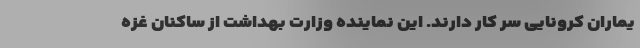
یماران کرونایی سر کار دارند. این نماینده وزارت بهداشت از ساکنان غزه